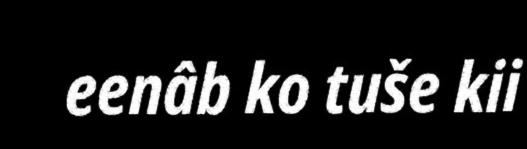
eenâb ko tuše kii